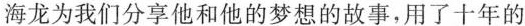
海龙为我们分享他和他的梦想的故事，用了十年的